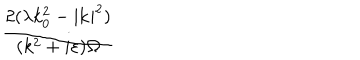
LaTeX: \frac { 2 ( \lambda k _ { 0 } ^ { 2 } - | \mathbf { k } | ^ { 2 } ) } { ( k ^ { 2 } + i \varepsilon ) \Omega }